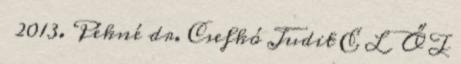
2013. Pékné dr. Csefkó Judit E L Ő T